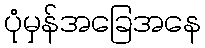
ပုံမှန်အခြေအနေ